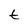
Character: t